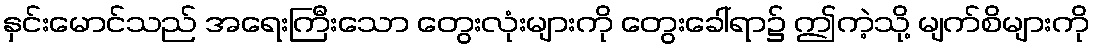
နှင်းမောင်သည် အရေးကြီးသော တွေးလုံးများကို တွေးခေါ်ရာ၌ ဤကဲ့သို့ မျက်စိများကို